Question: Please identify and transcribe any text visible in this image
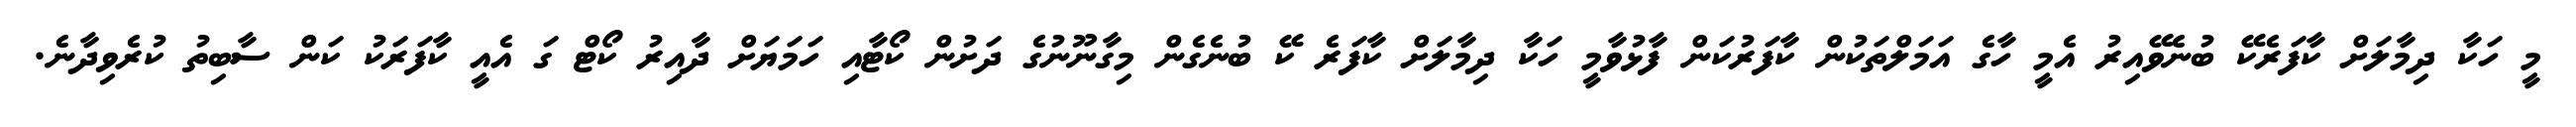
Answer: މީ ހަކާ ދިމާލަށް ކާފަރެކޭ ބުނެވޭއިރު އެމީ ހާގެ އަމަލްތަކުން ކާފަރުކަން ފާޅުވާމީ ހަކާ ދިމާލަށް ކާފަރެ ކޭ ބުނެގެން މިގާނޫނުގެ ދަށުން ކޯޓާއި ހަމަޔަށް ދާއިރު ކޯޓް ގަ އެއީ ކާފަރަކު ކަން ސާބިތު ކުރެވިދާނެ.